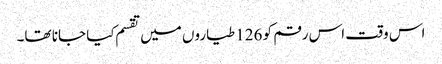
اس وقت اس رقم کو 126 طیاروں میں تقسم کیا جانا تھا۔